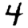
Digit: 4